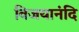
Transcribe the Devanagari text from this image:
विजयानंदि